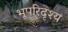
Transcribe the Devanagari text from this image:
भूपरिदृश्य